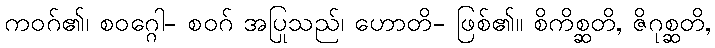
ကဝဂ်၏၊ စဝဂ္ဂေါ- စဝဂ် အပြုသည်၊ ဟောတိ- ဖြစ်၏။ စိကိစ္ဆတိ, ဇိဂုစ္ဆတိ,